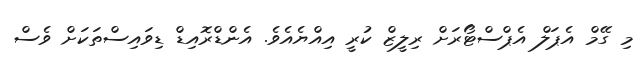
މި ގޭމް އެޕަލް އެޕްސްޓޯރަށް ރިލީޒް ކުރީ އިއްޔެއެވެ. އެންޑްރޮއިޑް ޑިވައިސްތަކަށް ވެސް